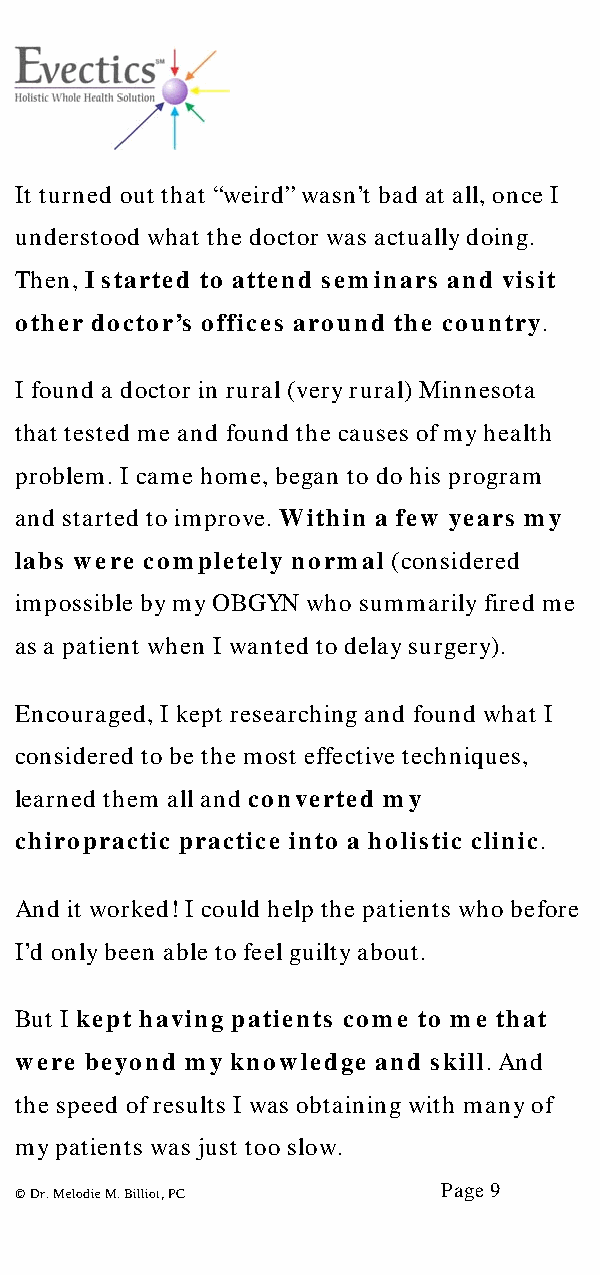
It turned out that “weird” wasn’t bad at all, once I
 understood what the doctor was actually doing.
 Then, I started to attend seminars and visit
 other doctor’s offices around the country.
 I found a doctor in rural (very rural) Minnesota
 that tested me and found the causes of my health
 problem. I came home, began to do his program
 and started to improve. Within a few years my
 labs were completely normal (considered
 impossible by my OBGYN who summarily fired me
 as a patient when I wanted to delay surgery).
 Encouraged, I kept researching and found what I
 considered to be the most effective techniques,
 learned them all and converted my
 chiropractic practice into a holistic clinic.
 And it worked! I could help the patients who before
 I’d only been able to feel guilty about.
 But I kept having patients come to me that
 were beyond my knowledge and skill. And
 the speed of results I was obtaining with many of
 my patients was just too slow.
 Page 9
 © Dr. Melodie M. Billiot, PC